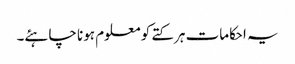
یہ احکامات ہر کتے کو معلوم ہونا چاہئے۔